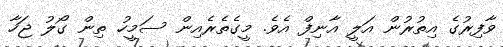
ވާފިރުގެ އިތުރުން އަލީ އާނިފް އެވެ. މީގެތެރެއިން ސަމީހު ތިން ގޯލު ޖަހާ